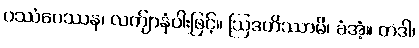
ပဿံပေဿန၊ လက်ျာနံပါးဖြင့်။ ဩဒဟိဿာမိ၊ ခံအံ့။ တဒါ၊